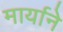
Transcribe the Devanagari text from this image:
मार्याने